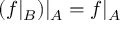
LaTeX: ( f | _ { B } ) | _ { A } = f | _ { A }